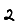
Digit: 2